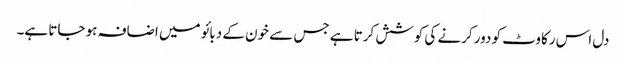
دل اس رکاوٹ کو دور کرنے کی کوشش کرتا ہے جس سے خون کے دبائو میں اضافہ ہو جاتا ہے۔